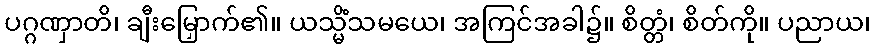
ပဂ္ဂဏှာတိ၊ ချီးမြှောက်၏။ ယသ္မိံသမယေ၊ အကြင်အခါ၌။ စိတ္တံ၊ စိတ်ကို။ ပညာယ၊